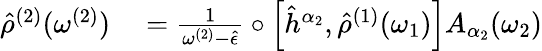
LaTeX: \begin{array}{rl}{\hat{\rho}^{(2)}(\omega^{(2)})}&{{}=\frac{1}{\omega^{(2)}-\hat{\epsilon}}\circ\left[\hat{h}^{\alpha_{2}},\hat{\rho}^{(1)}(\omega_{1})\right]A_{\alpha_{2}}(\omega_{2})}\end{array}